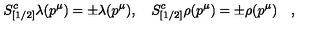
S _ { [ 1 / 2 ] } ^ { c } \lambda ( p ^ { \mu } ) = \pm \lambda ( p ^ { \mu } ) , \quad S _ { [ 1 / 2 ] } ^ { c } \rho ( p ^ { \mu } ) = \pm \rho ( p ^ { \mu } ) \quad ,